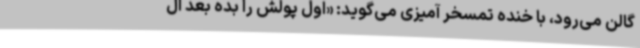
گالن می‌رود، با خنده تمسخر آمیزی می‌گوید: «اول پولش را بده بعد ال